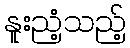
နူးညံ့သည့်